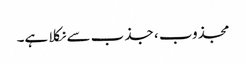
مجذوب ، جذب سے نکلا ہے۔